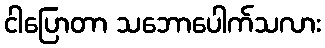
ငါပြောတာ သဘောပေါက်သလား